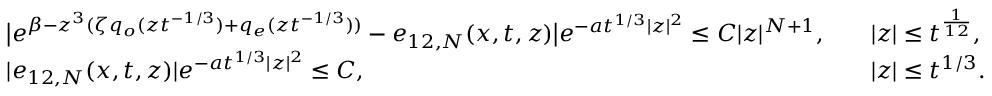
\begin{array} { r l r l } & { \big | e ^ { \beta - z ^ { 3 } ( \zeta q _ { o } ( z t ^ { - 1 / 3 } ) + q _ { e } ( z t ^ { - 1 / 3 } ) ) } - e _ { 1 2 , N } ( x , t , z ) \big | e ^ { - a t ^ { 1 / 3 } | z | ^ { 2 } } \leq C | z | ^ { N + 1 } , } & & { | z | \leq t ^ { \frac { 1 } { 1 2 } } , } \\ & { | e _ { 1 2 , N } ( x , t , z ) | e ^ { - a t ^ { 1 / 3 } | z | ^ { 2 } } \leq C , } & & { | z | \leq t ^ { 1 / 3 } . } \end{array}